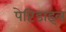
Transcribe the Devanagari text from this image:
पेप्टिडाइल